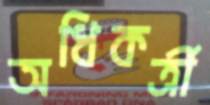
অধিকর্ত্রী